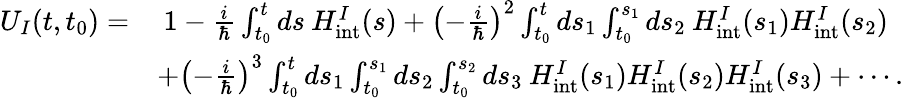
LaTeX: \begin{array}{rl}{U_{I}(t,t_{0})=}&{\: 1-\frac{i}{\hbar}\int_{t_{0}}^{t}ds\: H_{\mathrm{int}}^{I}(s)+\left(-\frac{i}{\hbar}\right)^{2}\int_{t_{0}}^{t}ds_{1}\int_{t_{0}}^{s_{1}}ds_{2}\: H_{\mathrm{int}}^{I}(s_{1})H_{\mathrm{int}}^{I}(s_{2})}\\ &{+\left(-\frac{i}{\hbar}\right)^{3}\int_{t_{0}}^{t}ds_{1}\int_{t_{0}}^{s_{1}}ds_{2}\int_{t_{0}}^{s_{2}}ds_{3}\: H_{\mathrm{int}}^{I}(s_{1})H_{\mathrm{int}}^{I}(s_{2})H_{\mathrm{int}}^{I}(s_{3})+\cdots.}\end{array}